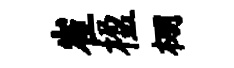
崔楹棚